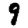
Digit: 9